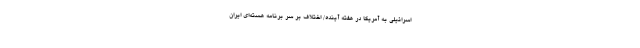
اسرائیلی به آمریکا در هفته آینده/ اختلاف بر سر برنامه هسته‌ای ایران